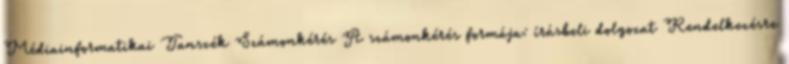
Médiainformatikai Tanszék Számonkérés A számonkérés formája: írásbeli dolgozat Rendelkezésre